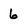
Character: 6